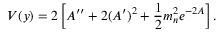
V ( y ) = 2 \left[ A ^ { \prime \prime } + 2 ( A ^ { \prime } ) ^ { 2 } + { \frac { 1 } { 2 } } m _ { n } ^ { 2 } e ^ { - 2 A } \right] .